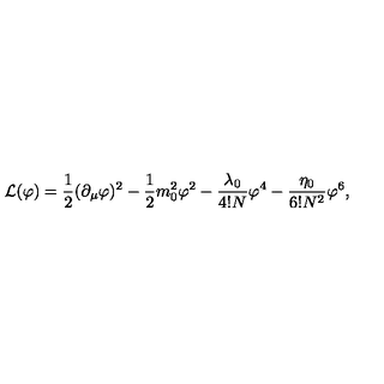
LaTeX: { \cal L } ( \varphi ) = \frac { 1 } { 2 } ( \partial _ { \mu } \varphi ) ^ { 2 } - \frac { 1 } { 2 } m _ { 0 } ^ { 2 } \varphi ^ { 2 } - \frac { \lambda _ { 0 } } { 4 ! N } \varphi ^ { 4 } - \frac { \eta _ { 0 } } { 6 ! N ^ { 2 } } \varphi ^ { 6 } ,